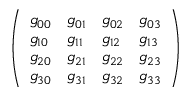
\left( \begin{array} { l l l l } { g _ { 0 0 } } & { g _ { 0 1 } } & { g _ { 0 2 } } & { g _ { 0 3 } } \\ { g _ { 1 0 } } & { g _ { 1 1 } } & { g _ { 1 2 } } & { g _ { 1 3 } } \\ { g _ { 2 0 } } & { g _ { 2 1 } } & { g _ { 2 2 } } & { g _ { 2 3 } } \\ { g _ { 3 0 } } & { g _ { 3 1 } } & { g _ { 3 2 } } & { g _ { 3 3 } } \end{array} \right)